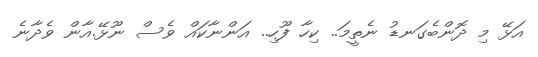
އަޅޭ މި ދޮންބެގަނޑު ނެތީމަ.. ކިހާ ފޫހި.. އަންނާކައް ވެސް ނޫޅޭ.އާން ވެދާނެ